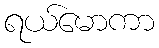
ရယ်မောကာ